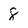
Character: 8